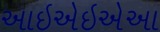
આઇએઇએઆ